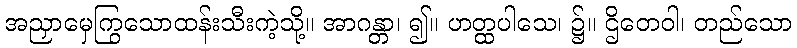
အညှာမှေကြွသောထန်းသီးကဲ့သို့။ အာဂန္တာ၊ ၍။ ဟတ္ထပါသေ၊ ၌။ ဌိတေဝါ၊ တည်သော